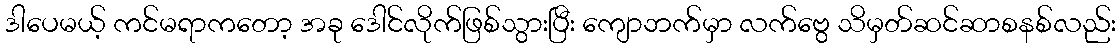
ဒါပေမယ့် ကင်မရာကတော့ အခု ဒေါင်လိုက်ဖြစ်သွားပြီး ကျောဘက်မှာ လက်ဗွေ သိမှတ်ဆင်ဆာစနစ်လည်း